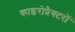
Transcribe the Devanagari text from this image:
काइरोप्रैक्टरों